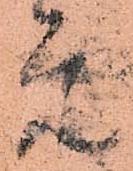
元